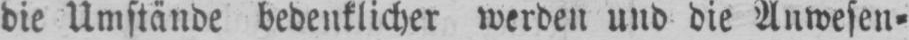
die Umstände bedenklicher werden und die Anwesen⸗